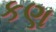
કણ